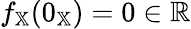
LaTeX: f_{\mathbb{X}}(0_{\mathbb{X}})=0\in\mathbb{R}